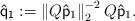
LaTeX: \begin{align*}\mathsf{\hat{q}}_{\mathsf{1}}:=\left\Vert Q\mathsf{\hat{p}}_{1}\right\Vert_{2}^{-2}Q\mathsf{\hat{p}}_{1}. \end{align*}